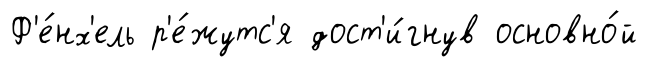
Ф'е́нх'ель р'е́жутс'я дост'и́гнув основно́й